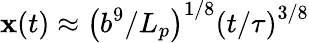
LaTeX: \mathbf{x}(t)\approx\left({b^{9}}/{L_{p}}\right)^{1/8}\left(t/{\tau}\right)^{3/8}